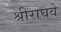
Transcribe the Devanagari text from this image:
श्रीराघवे